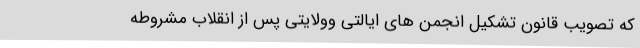
که تصویب قانون تشکیل انجمن های ایالتی وولایتی پس از انقلاب مشروطه